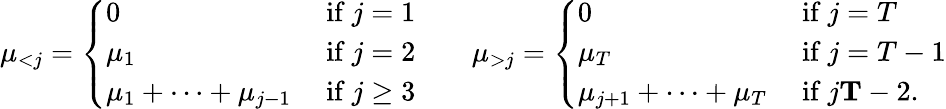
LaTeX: \begin{array}{r}{\mu_{<j}=\left\{ \begin{array}{ll}{0}&{\mathrm{~if~}j=1}\\ {\mu_{1}}&{\mathrm{~if~}j=2}\\ {\mu_{1}+\dots+\mu_{j-1}}&{\mathrm{~if~}j\ge 3}\end{array}\right.\qquad\mu_{>j}=\left\{ \begin{array}{ll}{0}&{\mathrm{~if~}j=T}\\ {\mu_{T}}&{\mathrm{~if~}j=T-1}\\ {\mu_{j+1}+\dots+\mu_{T}}&{\mathrm{~if~}j\le T-2.}\end{array}\right.}\end{array}